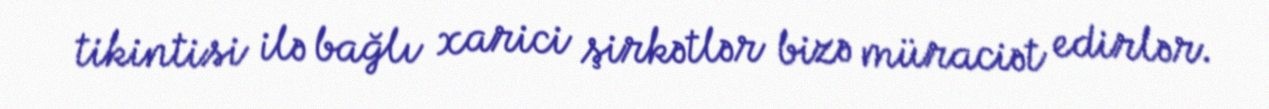
tikintisi ilə bağlı xarici şirkətlər bizə müraciət edirlər.